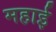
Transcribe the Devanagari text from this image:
महाई